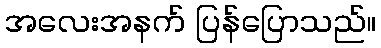
အလေးအနက် ပြန်ပြောသည်။